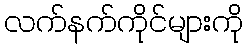
လက်နက်ကိုင်များကို